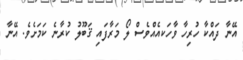
އޭނާ ދައްކާ ހުރިހާ ވާހަކއެއްވެސް ލޯ މަރާފައި ޤަބޫލު ކުރާނެ ކަމަށެވެ. އޭނާ